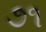
૭૧